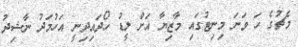
މެޗުގެ ހަ ވަނަ މިނިޓުގައި މާޒިޔާ އަށް ލީޑު ހޯދައިދިނީ އަހުމަދު ނާޝިދު